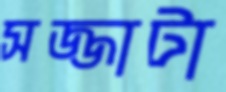
সজ্জাটা